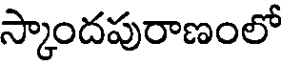
స్కాందపురాణంలో